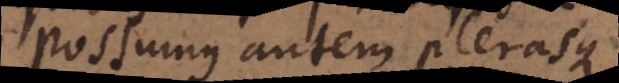
Possumus autem plerasque